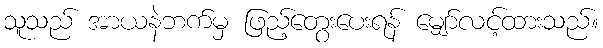
သူသည် အာယနဲဘက်မှ ဖြည့်တွေးပေးရန် မျှော်လင့်ထားသည်။